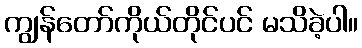
ကျွန်တော်ကိုယ်တိုင်ပင် မသိခဲ့ပါ။